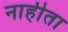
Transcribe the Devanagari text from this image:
नाहीता